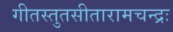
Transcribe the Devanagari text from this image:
गीतस्तुतसीतारामचन्द्रः